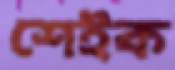
শেইক